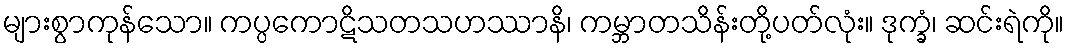
များစွာကုန်သော။ ကပ္ပကောဋိသတသဟဿာနိ၊ ကမ္ဘာတသိန်းတို့ပတ်လုံး။ ဒုက္ခံ၊ ဆင်းရဲကို။